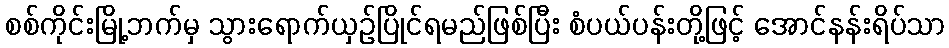
စစ်ကိုင်းမြို့ဘက်မှ သွားရောက်ယှဉ်ပြိုင်ရမည်ဖြစ်ပြီး စံပယ်ပန်းတို့ဖြင့် အောင်နန်းရိပ်သာ